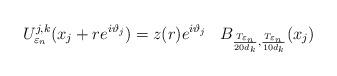
LaTeX: \begin{align*} U_{\varepsilon_{n}}^{j,k}(x_{j}+r e^{i\vartheta_{j}})=z(r)e^{i\vartheta_{j}}\,\,\,\, \, B_{\frac{T_{\varepsilon_{n}}}{20d_{k}},\frac{T_{\varepsilon_{n}}}{10d_{k}}}(x_{j})\end{align*}